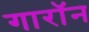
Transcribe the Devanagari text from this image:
गारॉन